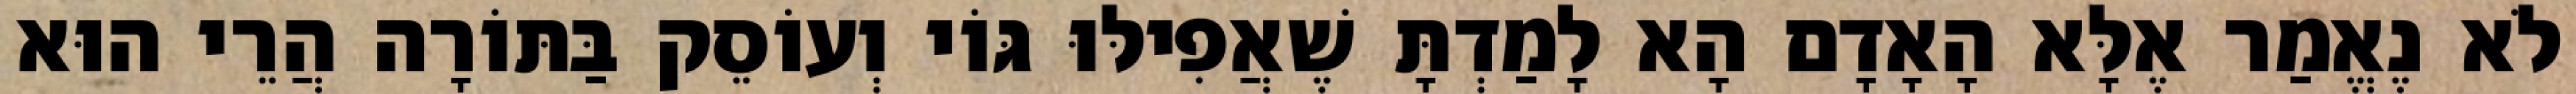
לֹא נֶאֱמַר אֶלָּא הָאָדָם הָא לָמַדְתָּ שֶׁאֲפִילּוּ גּוֹי וְעוֹסֵק בַּתּוֹרָה הֲרֵי הוּא